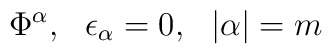
\Phi^\alpha,~~\epsilon_\alpha = 0,~~|\alpha| = m